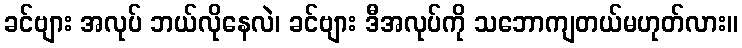
ခင်ဗျား အလုပ် ဘယ်လိုနေလဲ၊ ခင်ဗျား ဒီအလုပ်ကို သဘောကျတယ်မဟုတ်လား။